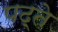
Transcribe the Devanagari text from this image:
पढ़्ते